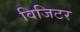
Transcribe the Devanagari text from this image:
विजिटर